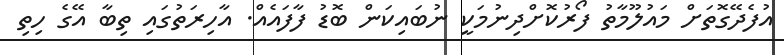
އުފެދޭގޮތަށް މައުލޫމާތު ފޯރުކޮށްދިނުމަކީ ނުބައިކަން ބޮޑު ފާފައެއް. އާހިރަތުގައި ތިބާ އޭގެ ހިތި